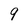
Character: 9